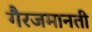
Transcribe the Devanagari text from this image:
गैरजमानती